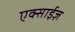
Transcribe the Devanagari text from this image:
एक्साईज़